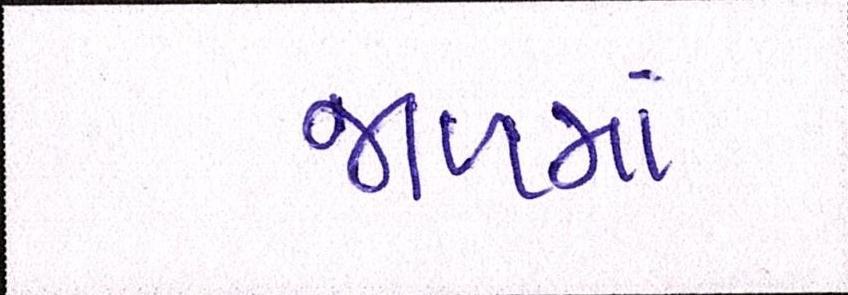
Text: જળમાં